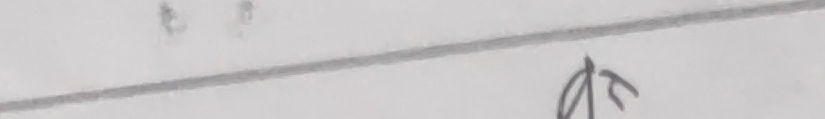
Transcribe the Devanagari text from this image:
२ ८ त्र